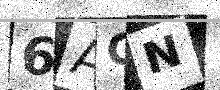
Text: 6AGN